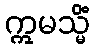
ဣမသ္မိံ